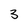
Character: 3